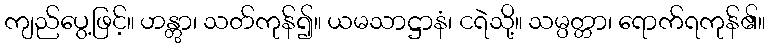
ကျည်ပွေ့ဖြင့်။ ဟန္တွာ၊ သတ်ကုန်၍။ ယမသာဋ္ဌာနံ၊ ငရဲသို့။ သမ္ပတ္တာ၊ ရောက်ရကုန်၏။